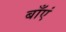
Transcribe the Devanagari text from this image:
बाँएं